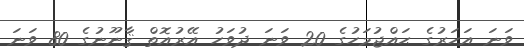
ވަނަ އަހަރުގެ ޙައްޖުމަހުގެ 20 ވަނަ ދުވަހު އޭރުއޮތް ޤާނޫނުގެ 80 ވަނަ